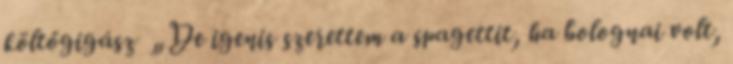
költőgigász „De igenis szerettem a spagettit, ha bolognai volt,